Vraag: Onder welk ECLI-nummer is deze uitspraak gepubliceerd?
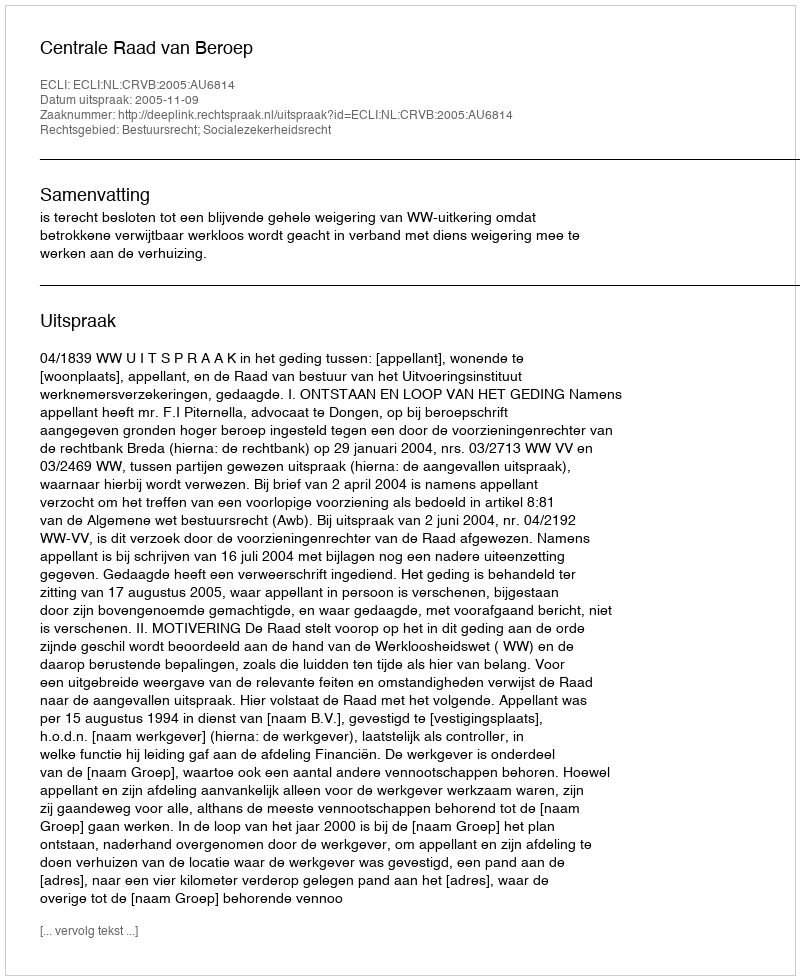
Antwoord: ECLI:NL:CRVB:2005:AU6814